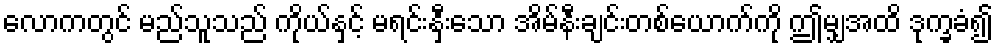
လောကတွင် မည်သူသည် ကိုယ်နှင့် မရင်းနှီးသော အိမ်နီးချင်းတစ်ယောက်ကို ဤမျှအထိ ဒုက္ခခံ၍